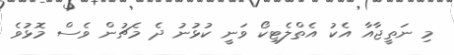
މި ނަތީޖާއާ އެކު އެތްލެޓިކޯ ވަނީ ކުޅުނު ދެ މެޗުން ވެސް މޮޅުވެ